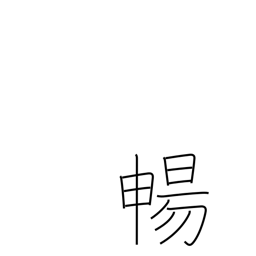
Meaning: stretch